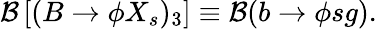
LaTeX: {\cal B}\left[(B\to\phi X_{s})_{3}\right]\equiv{\cal B}(b\to\phi sg).